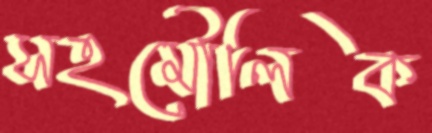
সহমৌলিক